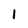
Character: 1